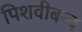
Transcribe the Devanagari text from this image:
पिशवीबन्द